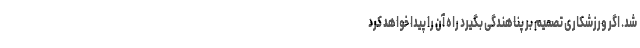
شد. اگر ورزشکاری تصمیم بر پناهندگی بگیرد راه آن را پیدا خواهد کرد